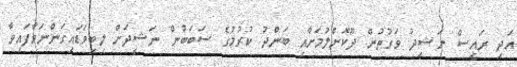
އަދި ރައީސް ނަޝީދު ވަގުތުން ދޫކޮށްލުމަށާއި ބަންދު ކުރުމުގެ ސަބަބުން ނަޝީދަށް ލިބިވަޑައިގަންނަވާފައިވާ